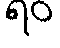
ရဝ